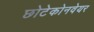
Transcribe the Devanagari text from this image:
छोटेकोनवेयर